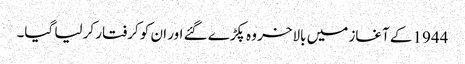
1944 کے آغاز میں بالاخر وہ پکڑے گئے اور ان کو کرفتار کر لیا گیا۔